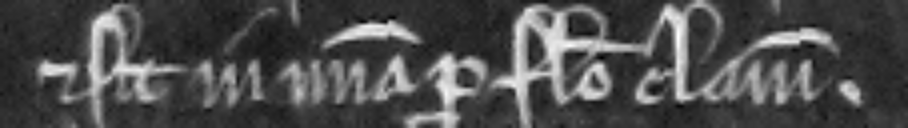
et sit in misericordia pro falso clamore.